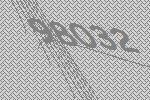
98032